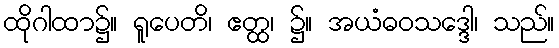
ထိုဂါထာ၌။ ရူပေတိ၊ ဧတ္ထ၊ ၌။ အယံဓဝသဒ္ဒေါ၊ သည်။